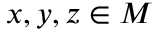
x , y , z \in M